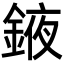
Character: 䤳